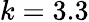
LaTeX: k=3.3